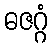
ဓဇဂ္ဂံ